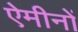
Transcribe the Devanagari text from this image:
ऐमीनों